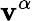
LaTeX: \mathbf{v}^{\alpha}